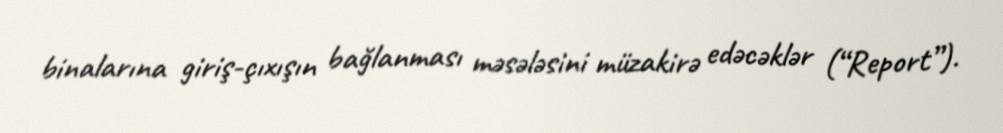
binalarına giriş-çıxışın bağlanması məsələsini müzakirə edəcəklər (“Report”).